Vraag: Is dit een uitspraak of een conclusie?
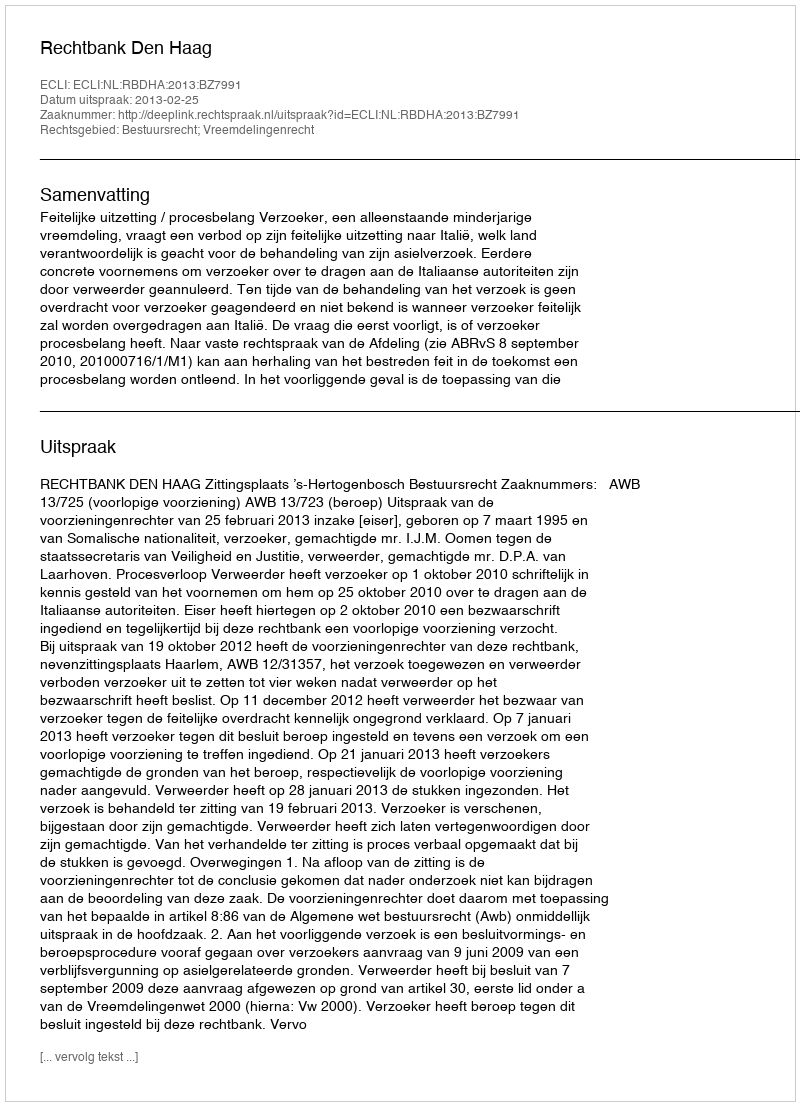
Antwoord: Uitspraak